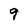
Character: 9